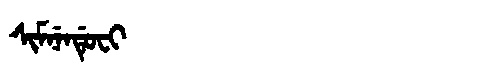
Manchu: ᠰᡳᠮᠨᡝᠨᡩᡠᠸᡳ
Romanization: SIMNENDUFI